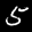
Label: 5